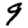
Digit: 9